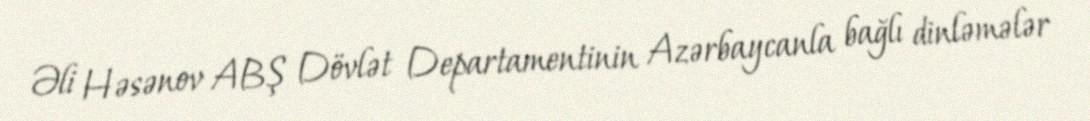
Əli Həsənov ABŞ Dövlət Departamentinin Azərbaycanla bağlı dinləmələr